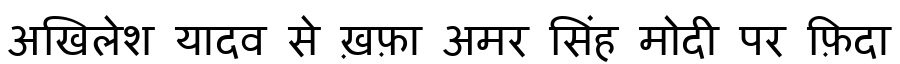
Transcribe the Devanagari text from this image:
अखिलेश यादव से ख़फ़ा अमर सिंह मोदी पर फ़िदा